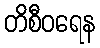
တိစီဝရေန